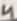
Text: 4